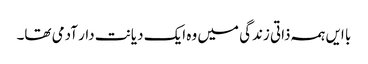
با ایں ہمہ ذاتی زندگی میں وہ ایک دیانت دار آدمی تھا۔